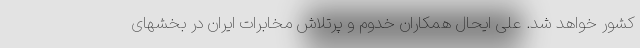
کشور خواهد شد. علی ایحال همکاران خدوم و پرتلاش مخابرات ایران در بخشهای